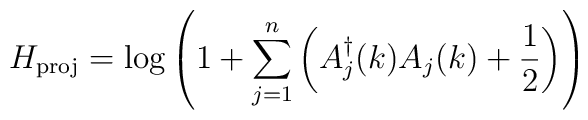
H_{\rm proj}=\log\left(1+\sum_{j=1}^n\left(A^{\dagger}_j(k)A_j(k)+{1\over 2}\right)\right)